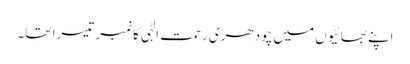
اپنے بھائیوں میں چودھری رحمت الٰہی کانمبر تیسرا تھا۔